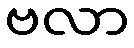
ဗလာ